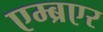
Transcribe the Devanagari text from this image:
एम्ब्रएर